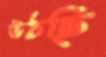
উঠছি